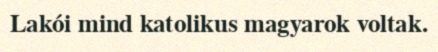
Lakói mind katolikus magyarok voltak.